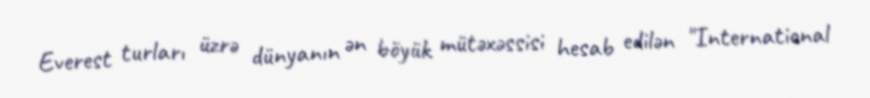
Everest turları üzrə dünyanın ən böyük mütəxəssisi hesab edilən "International